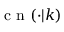
\mathrm { ~ c ~ n ~ } ( \cdot | k )